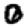
Digit: 0